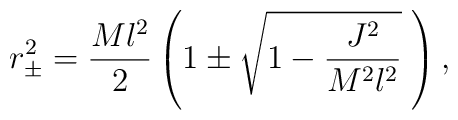
r^2_\pm=\frac{Ml^2}{2}\left( 1\pm\sqrt{1-\frac{J^2}{M^2l^2}}\;\right),